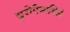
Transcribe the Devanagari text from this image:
युरोपेमाधिले